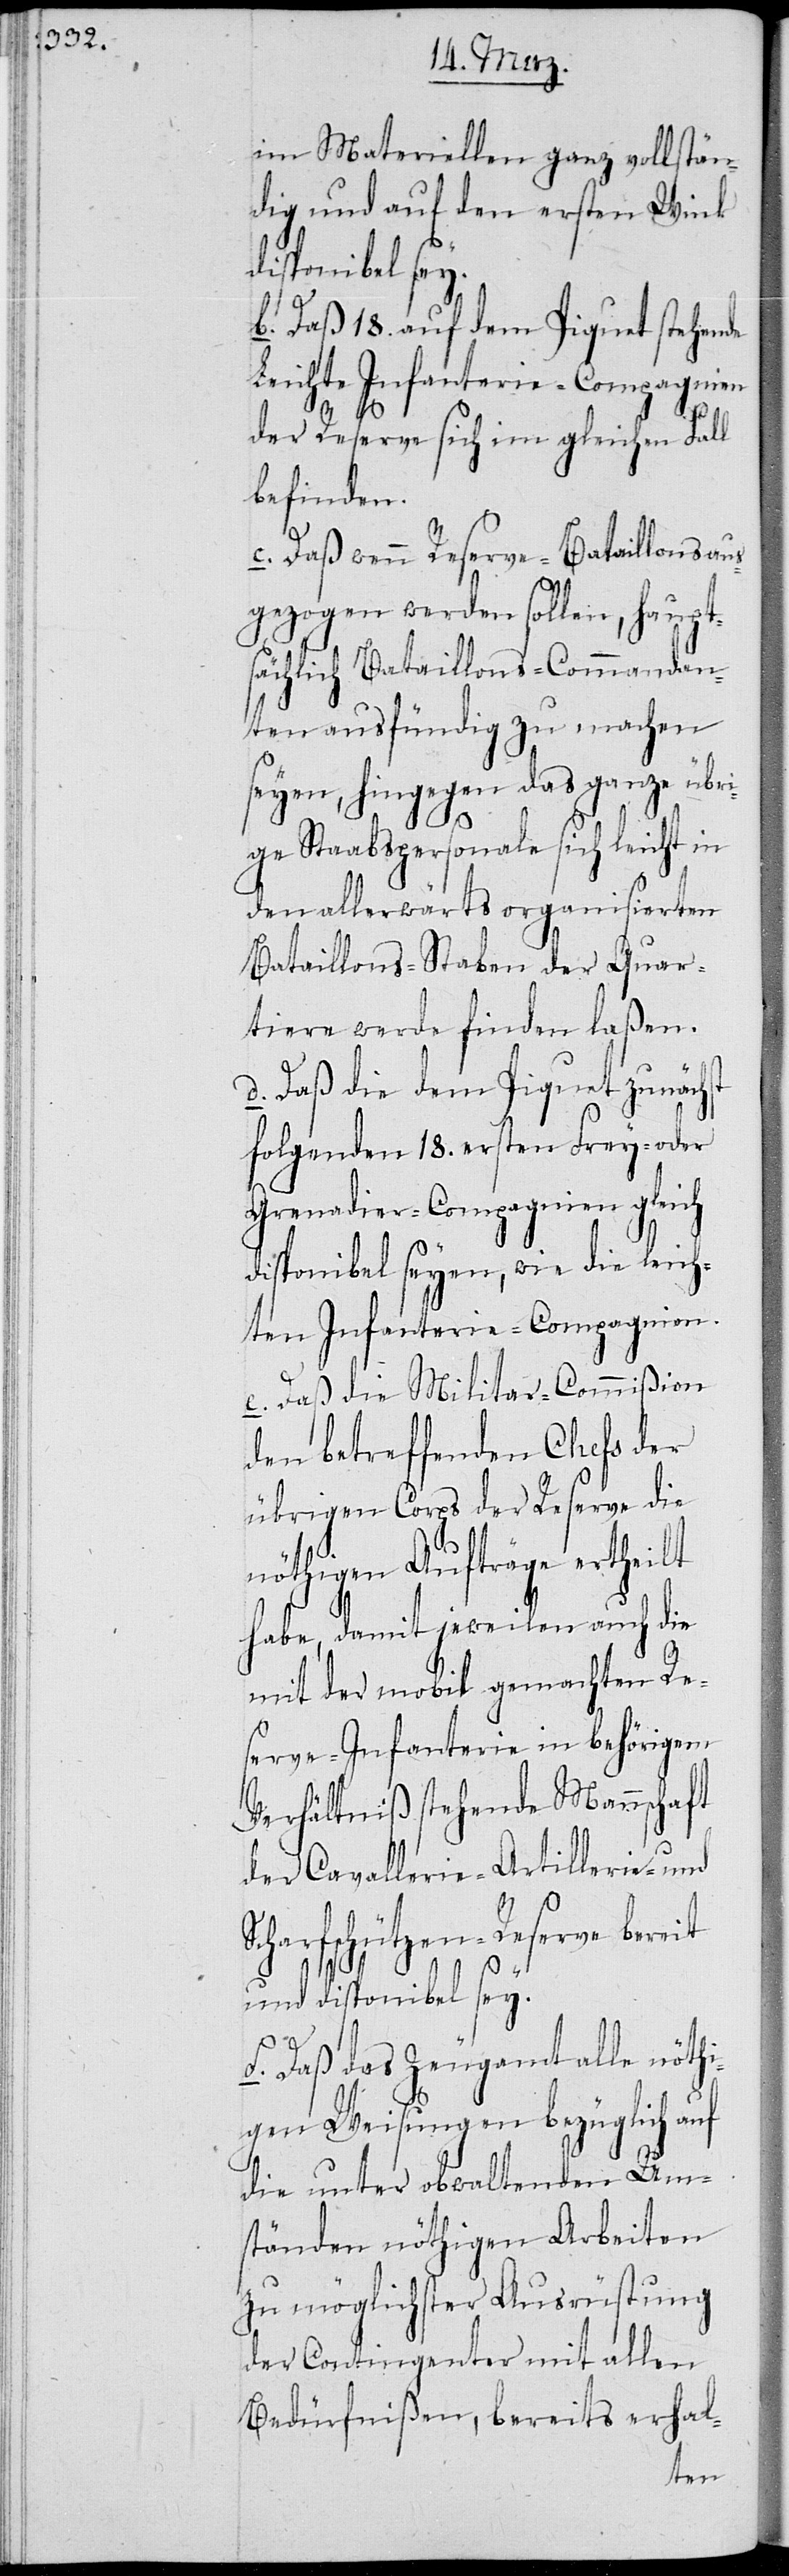
im Materiellen ganz vollstän¬
dig und auf den ersten Wink
disponibel sey.
b. Daß 18. auf dem Piquet stehende
Leichte Infanterie-Compagnien
der Reserve sich im gleichen Fall
befinden.
c. Daß wenn Reserve-Bataillons aus¬
gezogen werden sollen, haupt¬
sächlich Bataillons-Commandan¬
ten ausfündig zu machen
seyen, hingegen das ganze übri¬
ge Staabspersonale sich leicht in
den allerwärts organisierten
Bataillons-Staben der Quar¬
tiere werde finden laßen.
d. Daß die dem Piquet zunächst
folgenden 18. ersten Frey- oder
Grenadier-Compagnien gleich
disponibel seyen, wie die leich¬
ten Infanterie-Compagnien.
e. Daß die Militar-Commißion
den betreffenden Chefs der
übrigen Corps der Reserve die
nöthigen Aufträge ertheilt
habe, damit jeweilen auch die
mit der mobil gemachten Re¬
serve-Infanterie in behörigem
Verhältniß stehende Mannschaft
der Cavalllerie-[,] Artillerie- und
Scharfschützen-Reserve bereit
und disponibel sey.
f. Daß das Zeugamt alle nöthi¬
gen Weisungen bezüglich auf
die unter obwaltenden Um¬
ständen nöthigen Arbeiten
zu möglichster Ausrüstung
der Contingenter mit allen
Bedürfnißen, bereits erhal-